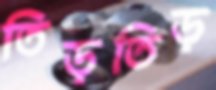
তিড়তিড়